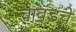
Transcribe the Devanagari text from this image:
चावंडचे